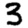
Digit: 3